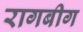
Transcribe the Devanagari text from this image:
रागबीग